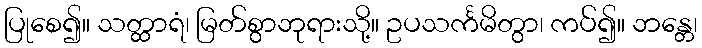
ပြုစေ၍။ သတ္ထာရံ၊ မြတ်စွာဘုရားသို့။ ဥပသင်္ကမိတွာ၊ ကပ်၍။ ဘန္တေ၊